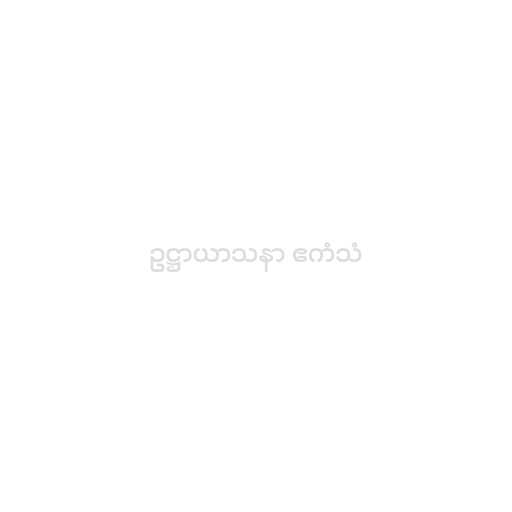
ဥဋ္ဌာယာသနာ ဧကံသံ